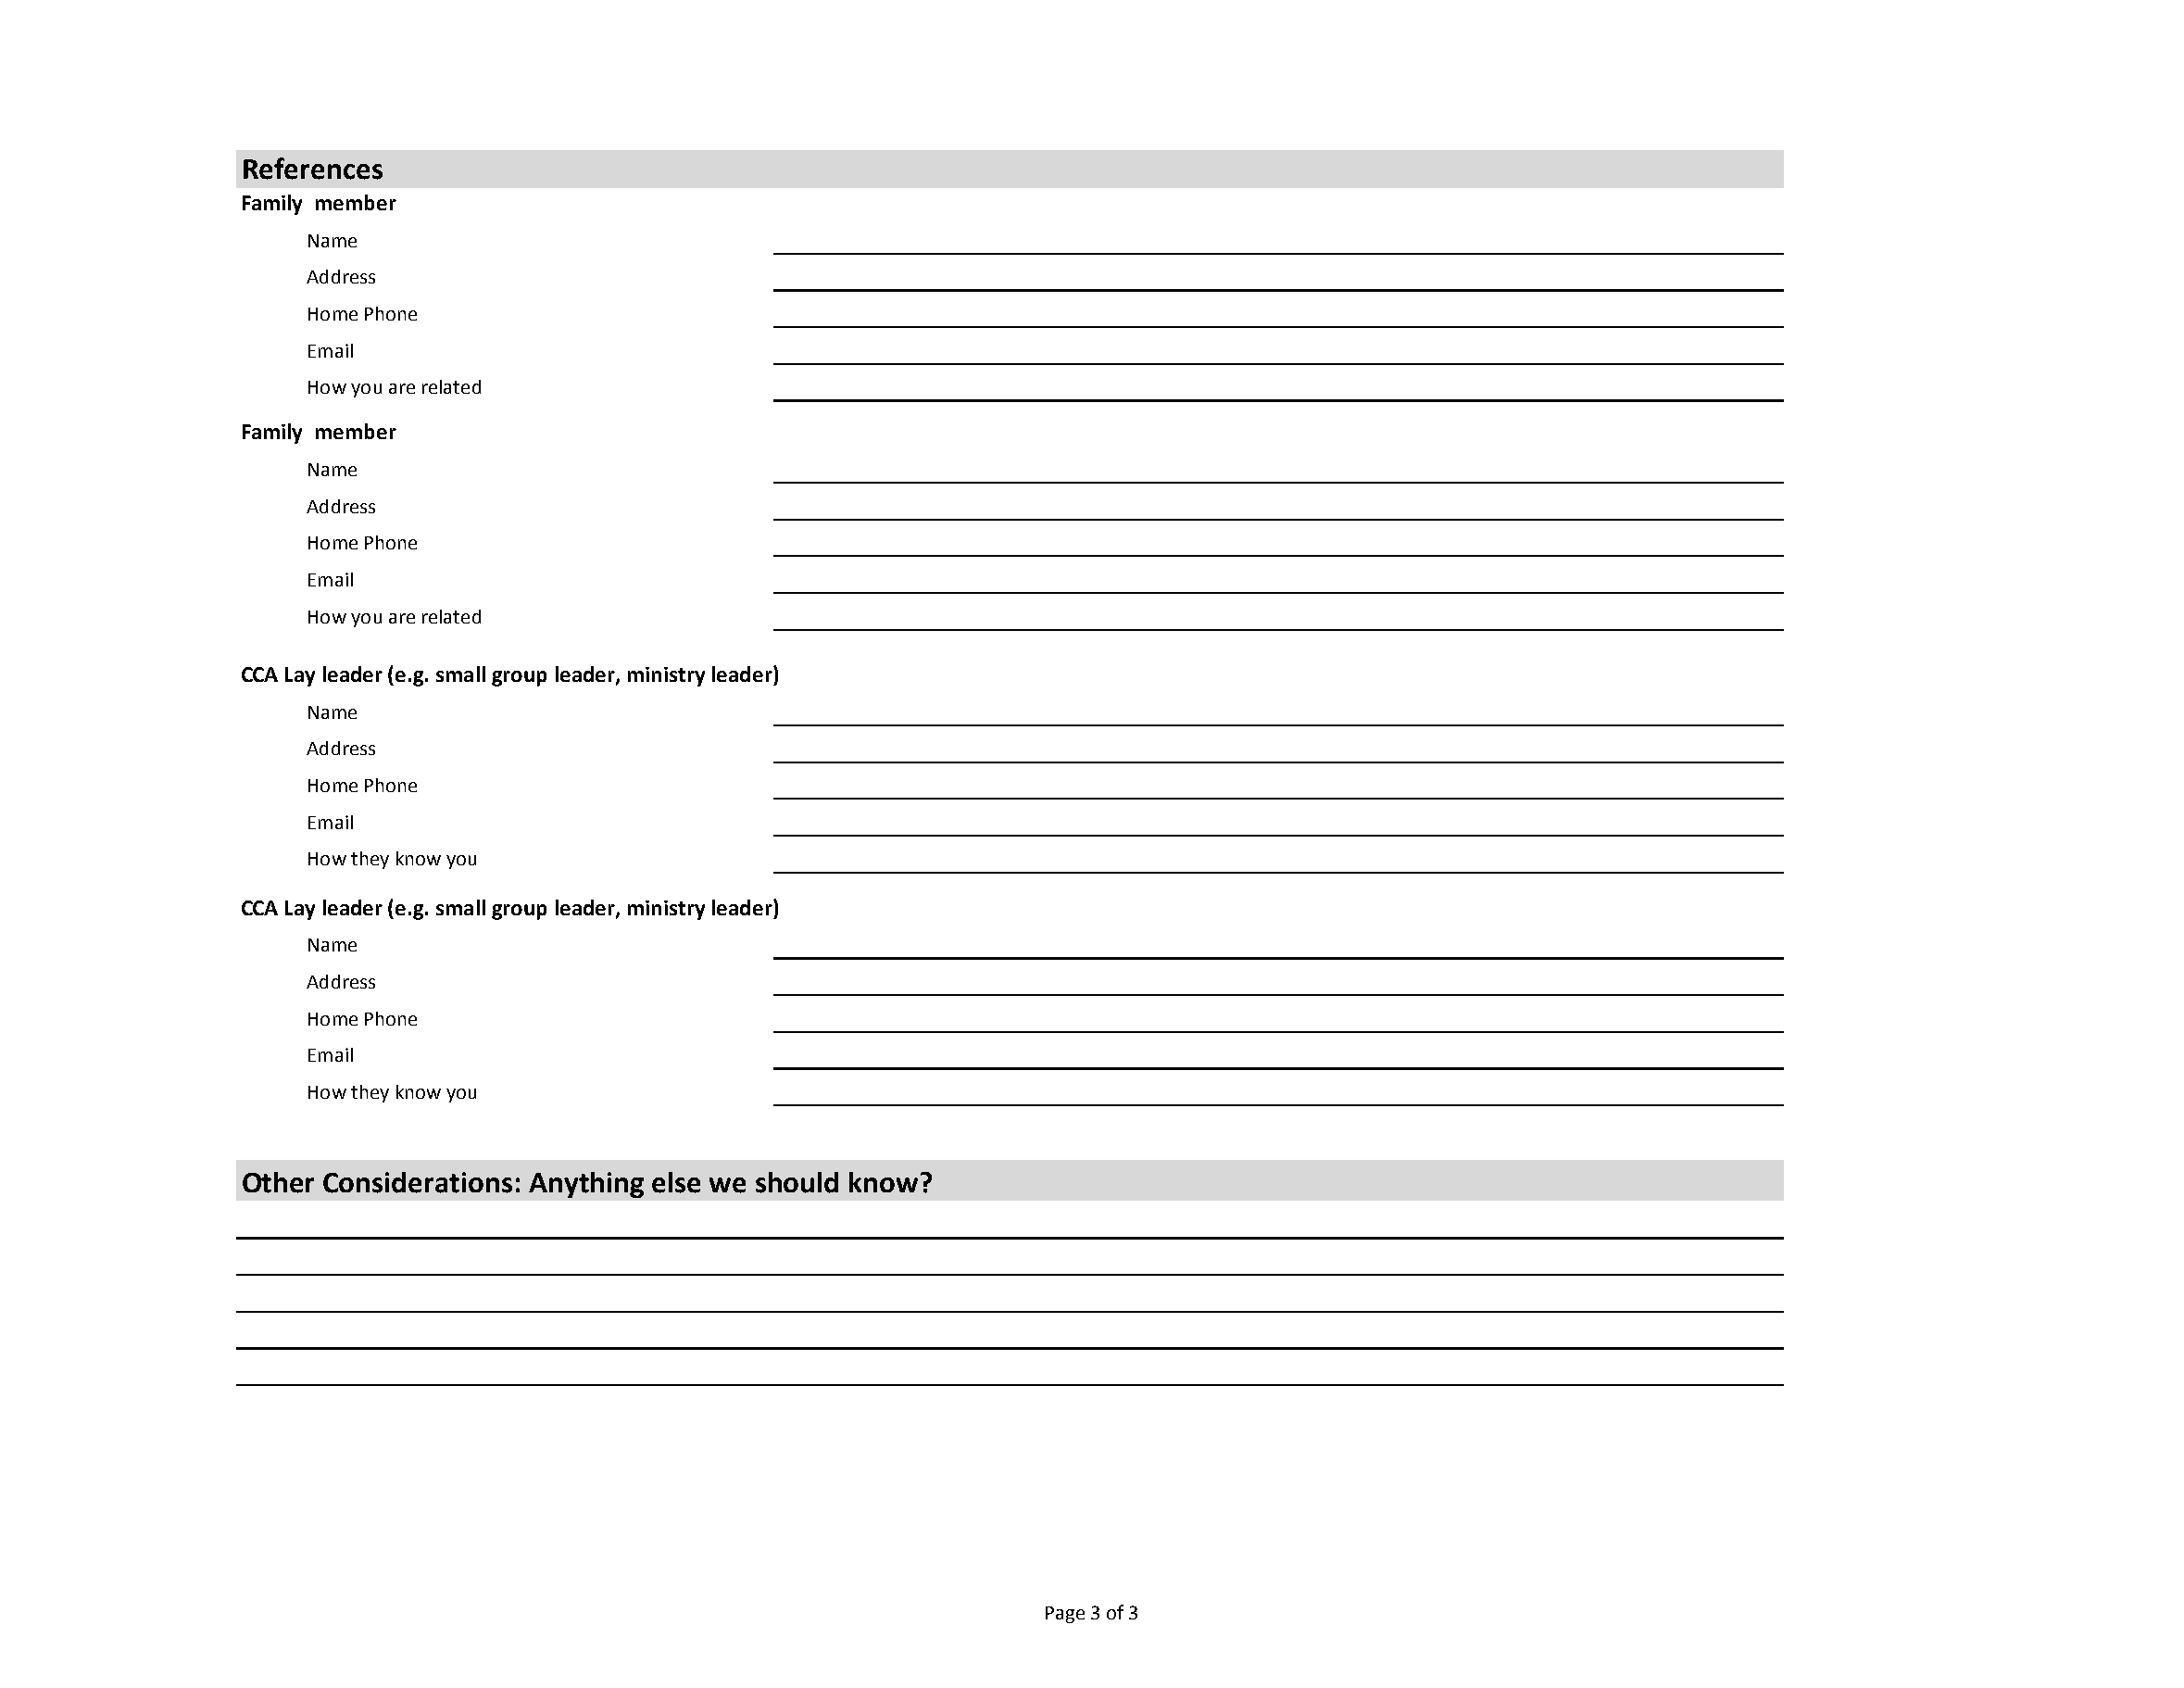
References
 Family member
 Name
 Address
 Home Phone
 Email
 How you are related
 Family member
 Name
 Address
 Home Phone
 Email
 How you are related
 CCA Lay leader (e.g. small group leader, ministry leader)
 Name
 Address
 Home Phone
 Email
 How they know you
 CCA Lay leader (e.g. small group leader, ministry leader)
 Name
 Address
 Home Phone
 Email
 How they know you
 Other Considerations: Anything else we should know?
 Page 3 of 3